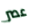
عصر